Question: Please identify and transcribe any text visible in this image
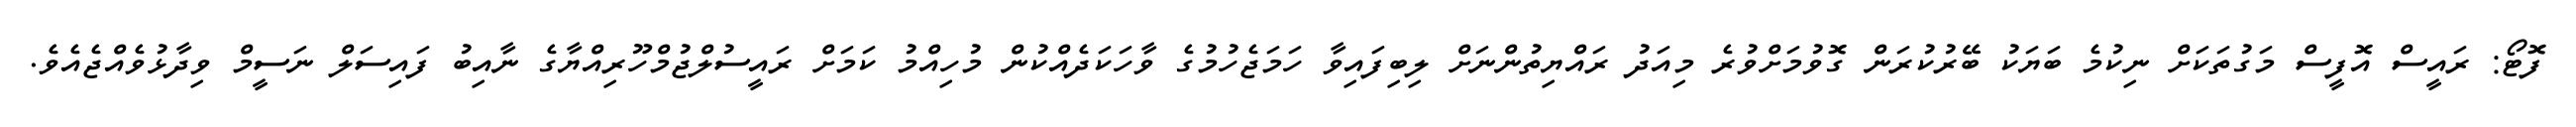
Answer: ފޮޓޯ: ރައީސް އޮފީސް މަގުތަކަށް ނިކުމެ ބަޔަކު ބޭރުކުރަން ގޮވުމަށްވުރެ މިއަދު ރައްޔިތުންނަށް ލިބިފައިވާ ހަމަޖެހުމުގެ ވާހަކަދެއްކުން މުހިއްމު ކަމަށް ރައީސުލްޖުމްހޫރިއްޔާގެ ނާއިބު ފައިސަލް ނަސީމް ވިދާޅުވެއްޖެއެވެ.